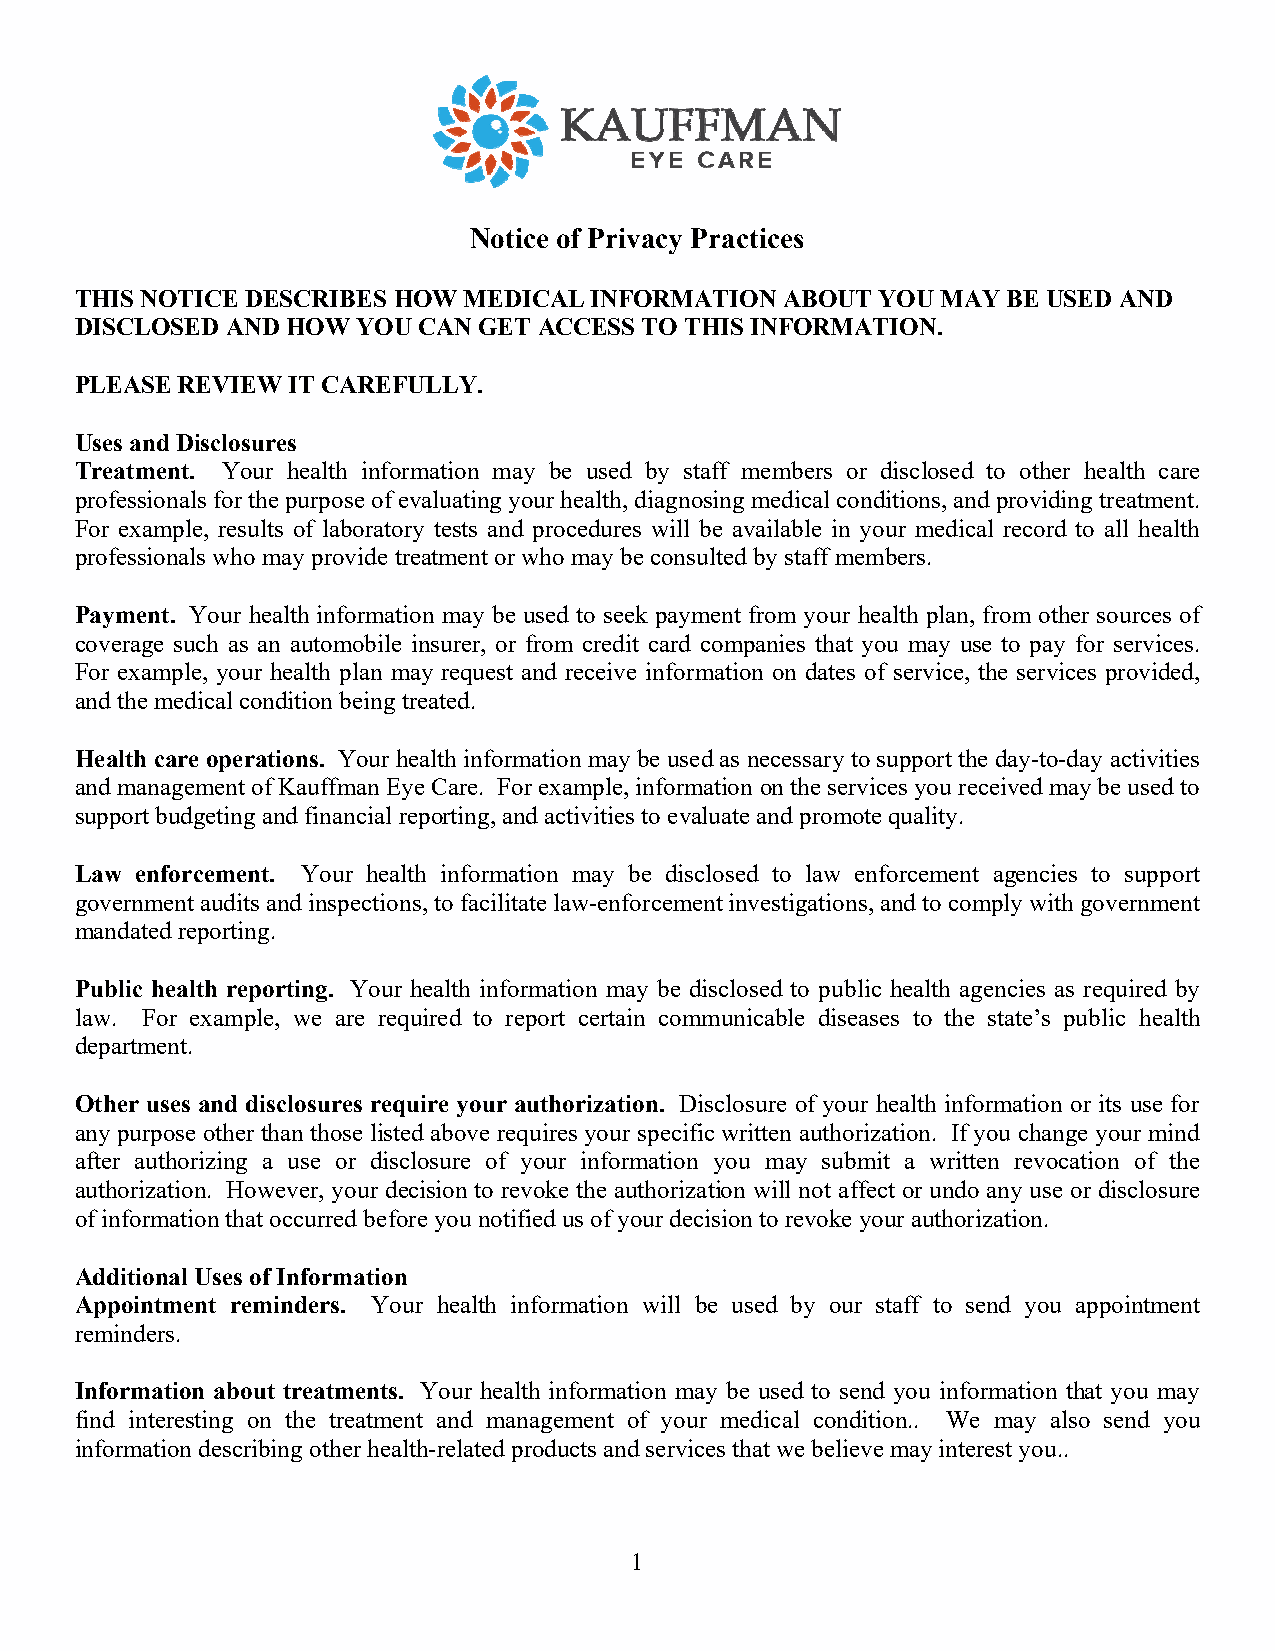
Notice of Privacy Practices
 THIS NOTICE DESCRIBES HOW MEDICAL INFORMATION  ABOUT YOU MAY  BE USED AND
 DISCLOSED AND HOW  YOU CAN GET ACCESS TO THIS INFORMATION.
 PLEASE REVIEW IT CAREFULLY.
 Uses and Disclosures
 Treatment. Your health information may be used by staff members or disclosed to other health care
 professionals for the purpose of evaluating your health, diagnosing medical conditions, and providing treatment.
 For example, results of laboratory tests and procedures will be available in your medical record to all health
 professionals who may provide treatment or who may be consulted by staff members.
 Payment. Your health information may be used to seek payment from your health plan, from other sources of
 coverage such as an automobile insurer, or from credit card companies that you may use to pay for services.
 For example, your health plan may request and receive information on dates of service, the services provided,
 and the medical condition being treated.
 Health care operations. Your health information may be used as necessary to support the day-to-day activities
 and management of Kauffman Eye Care. For example, information on the services you received may be used to
 support budgeting and financial reporting, and activities to evaluate and promote quality.
 Law enforcement. Your health information may be disclosed to law enforcement agencies to support
 government audits and inspections, to facilitate law-enforcement investigations, and to comply with government
 mandated reporting.
 Public health reporting. Your health information may be disclosed to public health agencies as required by
 law. For example, we are required to report certain communicable diseases to the state’s public health
 department.
 Other uses and disclosures require your authorization. Disclosure of your health information or its use for
 any purpose other than those listed above requires your specific written authorization. If you change your mind
 after authorizing a use or disclosure of your information you may submit a written revocation of the
 authorization. However, your decision to revoke the authorization will not affect or undo any use or disclosure
 of information that occurred before you notified us of your decision to revoke your authorization.
 Additional Uses of Information
 Appointment reminders. Your health information will be used by our staff to send you appointment
 reminders.
 Information about treatments. Your health information may be used to send you information that you may
 find interesting on the treatment and management of your medical condition.. We may also send you
 information describing other health-related products and services that we believe may interest you..
 1